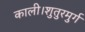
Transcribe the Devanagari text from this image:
काली।शुतुरमुर्ग